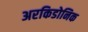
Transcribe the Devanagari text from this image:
अरकिडोनिक